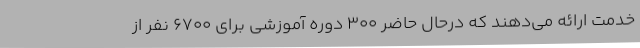
خدمت ارائه می‌دهند که درحال حاضر 300 دوره آموزشی برای 6700 نفر از